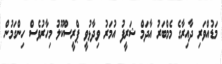
މަޑުއްވަރި ދާއިރާގެ މެމްބަރު އާދަމް ޝަރީފު އުމަރު ވިދާޅުވީ ޕްރީސްކޫލު މިހާރުވެސް ހިންގަމުން